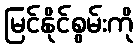
မြင်နိုင်စွမ်းကို